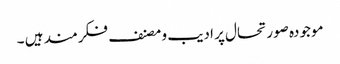
موجودہ صورتحال پر ادیب و مصنف فکرمند ہیں ۔